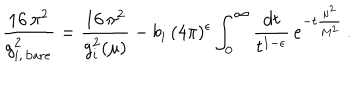
LaTeX: \frac { 1 6 \, \pi ^ { 2 } } { g _ { i , \, \mathrm { b a r e } } ^ { 2 } } = \frac { 1 6 \, \pi ^ { 2 } } { g _ { i } ^ { 2 } ( \mu ) } - b _ { i } \, ( 4 \pi ) ^ { \epsilon } \int _ { 0 } ^ { \infty } \frac { d t } { t ^ { 1 - \epsilon } } \, e ^ { - t \frac { \mu ^ { 2 } } { M ^ { 2 } } } \, .